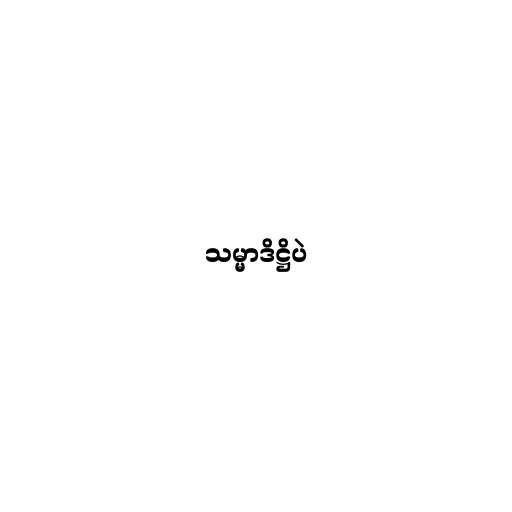
သမ္မာဒိဋ္ဌိပဲ